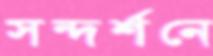
সন্দর্শনে